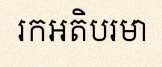
រកអតិបរមា